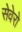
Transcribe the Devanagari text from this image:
सेवेरो